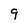
Character: 9